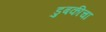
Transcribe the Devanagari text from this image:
डुबकीचा